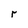
Character: r